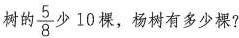
树的\frac{5}{8}少10裸，杨树有多少棵?